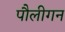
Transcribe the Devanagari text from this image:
पौलीगन